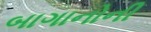
બાગાનોની